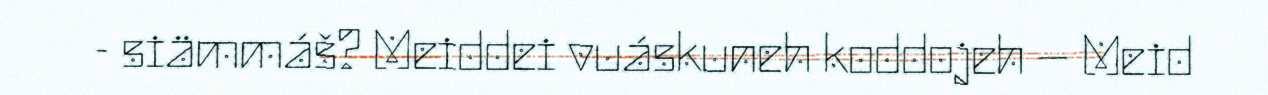
- siämmáš? Meiddei vuáskuneh koddojeh – Meid